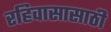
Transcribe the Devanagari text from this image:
रहिवासासाठी